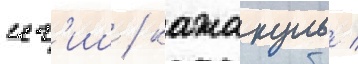
иг'иш / кажакуль /